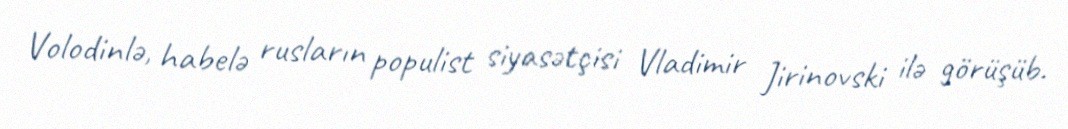
Volodinlə, habelə rusların populist siyasətçisi Vladimir Jirinovski ilə görüşüb.